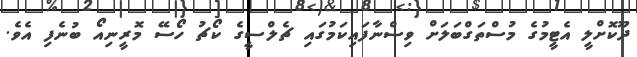
ދޫކޮށްލީ އެޓީމުގެ މުސްތަގްބަލަށް ވިސްނާފައިކަމުގައި ޗެލްސީގެ ކޯޗު ހޯސޭ މޮރީނިއޯ ބުނެފި އެވެ.